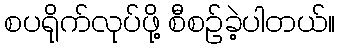
စပရိုက်လုပ်ဖို့ စီစဉ်ခဲ့ပါတယ်။